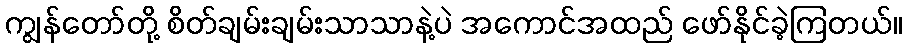
ကျွန်တော်တို့ စိတ်ချမ်းချမ်းသာသာနဲ့ပဲ အကောင်အထည် ဖော်နိုင်ခဲ့ကြတယ်။